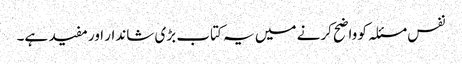
نفس مسئلہ کو واضح کرنے میں یہ کتاب بڑی شاندار اور مفید ہے۔